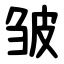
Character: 皱